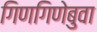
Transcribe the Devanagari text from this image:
गिणगिणेबुवा